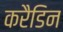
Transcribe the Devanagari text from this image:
करैडिन